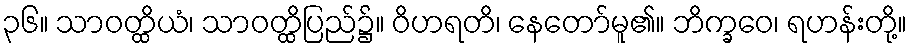
၃၆။ သာဝတ္ထိယံ၊ သာဝတ္ထိပြည်၌။ ဝိဟရတိ၊ နေတော်မူ၏။ ဘိက္ခဝေ၊ ရဟန်းတို့။